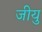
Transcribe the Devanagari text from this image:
जीयु